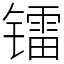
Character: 镭